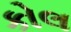
કોલ